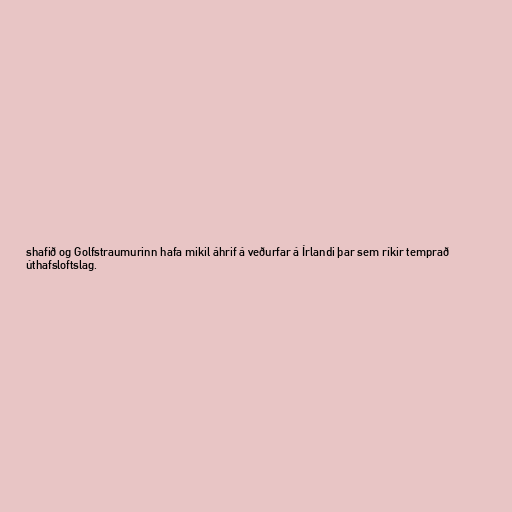
shafið og Golfstraumurinn hafa mikil áhrif á veðurfar á Írlandi þar sem ríkir temprað
úthafsloftslag.